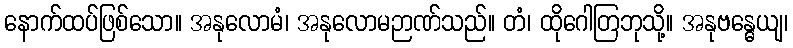
နောက်ထပ်ဖြစ်သော။ အနုလောမံ၊ အနုလောမဉာဏ်သည်။ တံ၊ ထိုဂေါတြဘုသို့။ အနုဗန္ဓေယျ၊